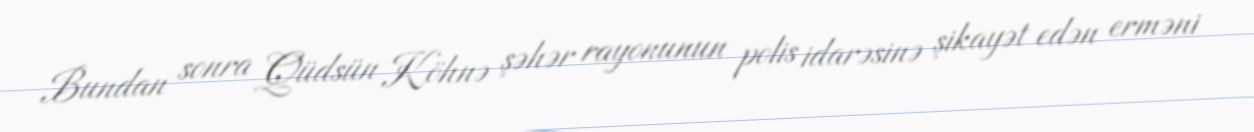
Bundan sonra Qüdsün Köhnə şəhər rayonunun polis idarəsinə şikayət edən erməni